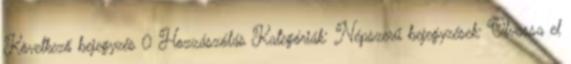
Következő bejegyzés 0 Hozzászólás Kategóriák: Népszerű bejegyzések: Olvassa el